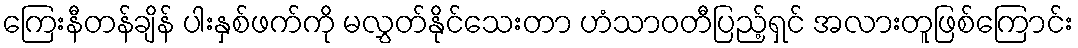
ကြေးနီတန်ချိန် ပါးနှစ်ဖက်ကို မလွှတ်နိုင်သေးတာ ဟံသာဝတီပြည့်ရှင် အလားတူဖြစ်ကြောင်း